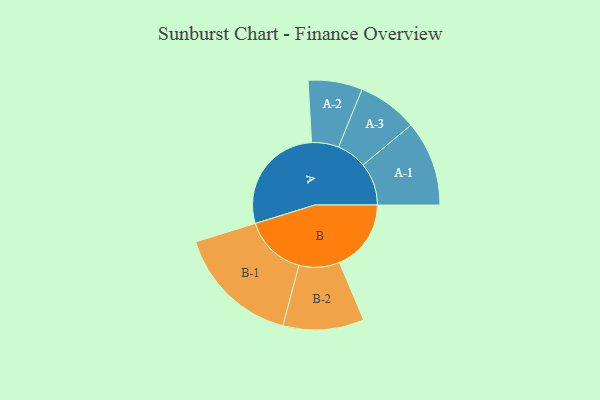
{"axis": {"x": "Segment", "y": "Value"}, "legend": ["", "A", "B"], "data": [{"x": "A", "y": 481, "type": ""}, {"x": "B", "y": 310, "type": ""}, {"x": "A-1", "y": 184, "type": "A"}, {"x": "A-2", "y": 117, "type": "A"}, {"x": "A-3", "y": 130, "type": "A"}, {"x": "B-1", "y": 268, "type": "B"}, {"x": "B-2", "y": 175, "type": "B"}]}